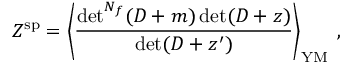
Z ^ { \mathrm { s p } } = \left\langle \frac { { \operatorname * { d e t } } ^ { N _ { f } } ( { \cal D } + m ) \operatorname * { d e t } ( { \cal D } + z ) } { \operatorname * { d e t } ( { \cal D } + z ^ { \prime } ) } \right\rangle _ { \mathrm { Y M } } \: ,